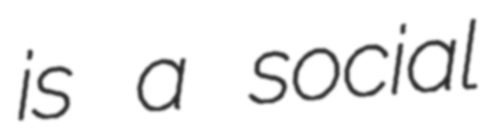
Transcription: is a social